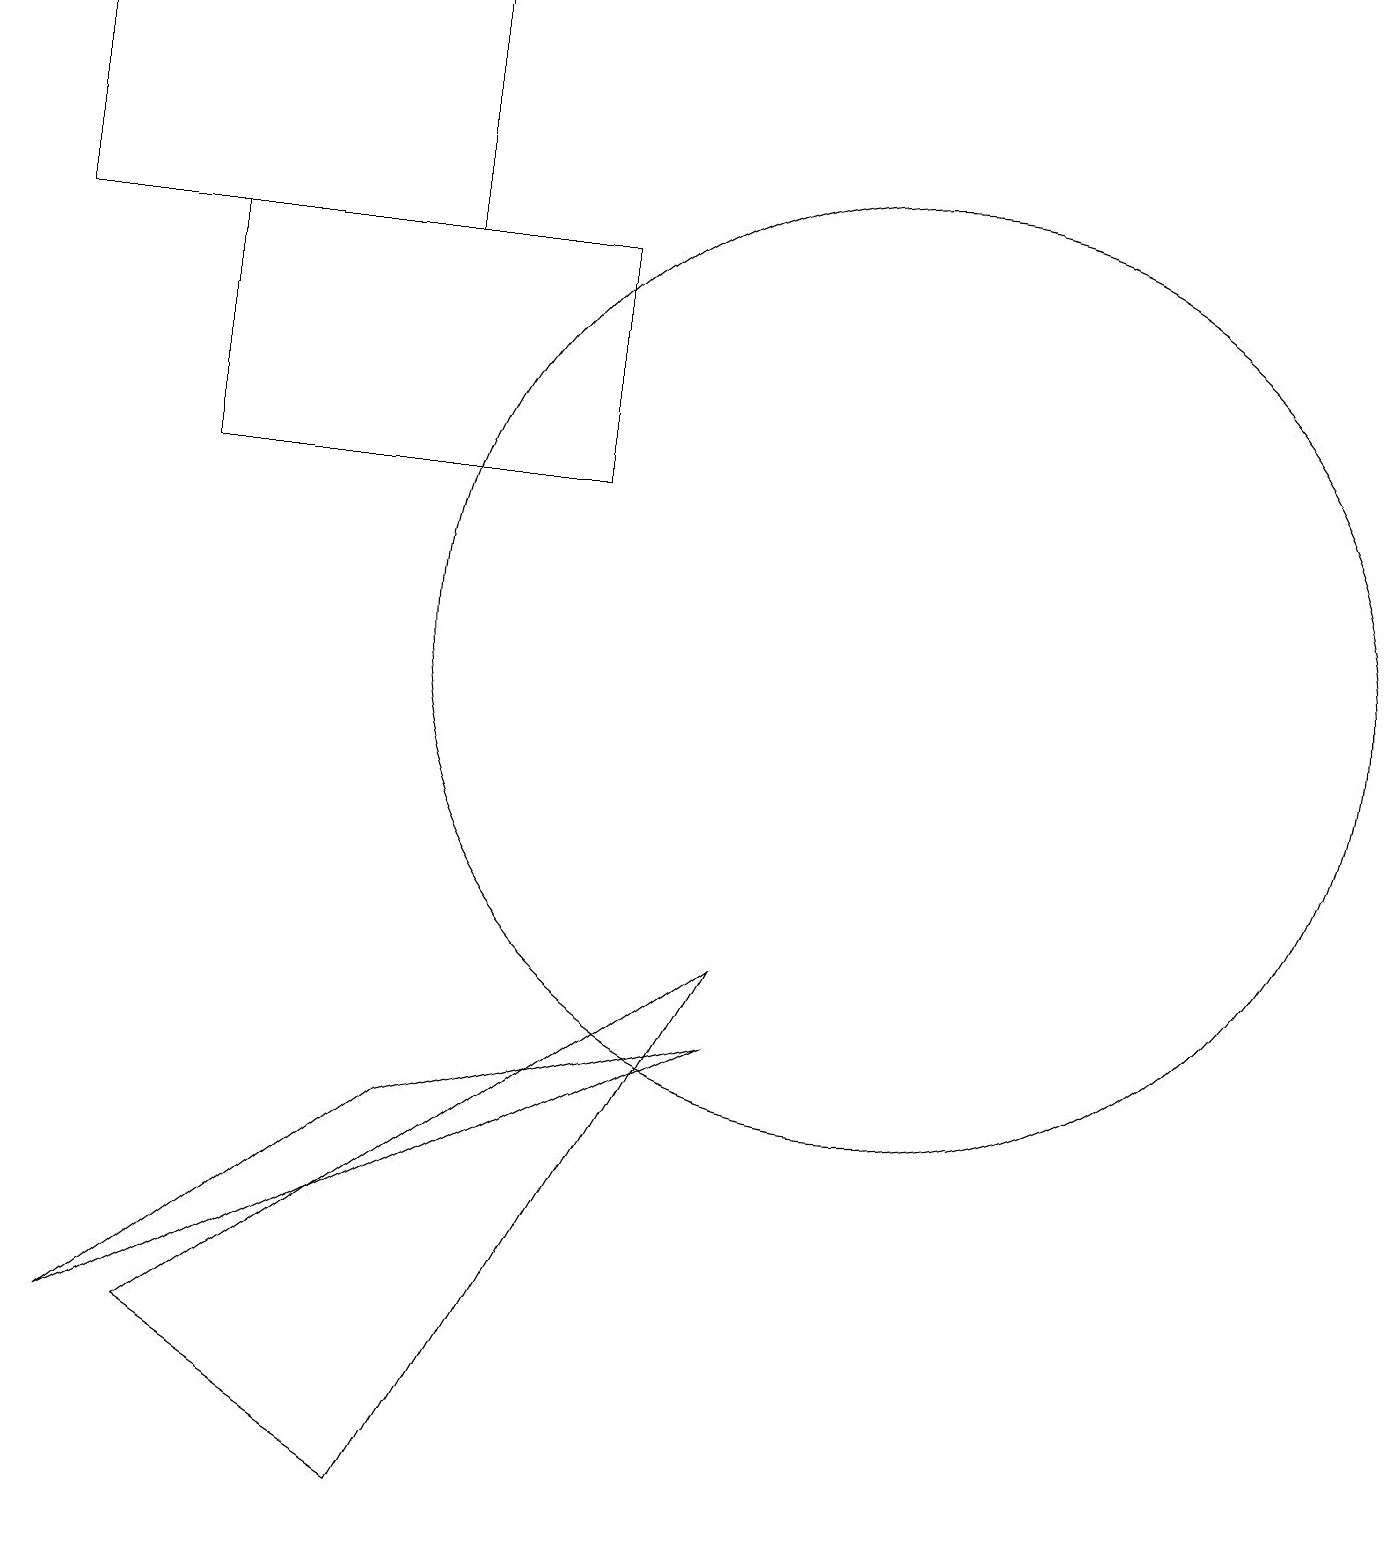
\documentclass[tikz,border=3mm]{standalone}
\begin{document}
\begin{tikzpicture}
\draw (5,16) rectangle (0,19);
\draw (2,16) rectangle (7,13);
\draw (9,6) -- (1,2) -- (5,5) -- cycle;
\draw (9,7) -- (2,2) -- (5,0) -- cycle;
\draw (11,11) circle (6);
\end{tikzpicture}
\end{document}